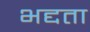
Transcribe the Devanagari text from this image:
भद्दता